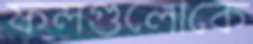
ফলগুলোকে